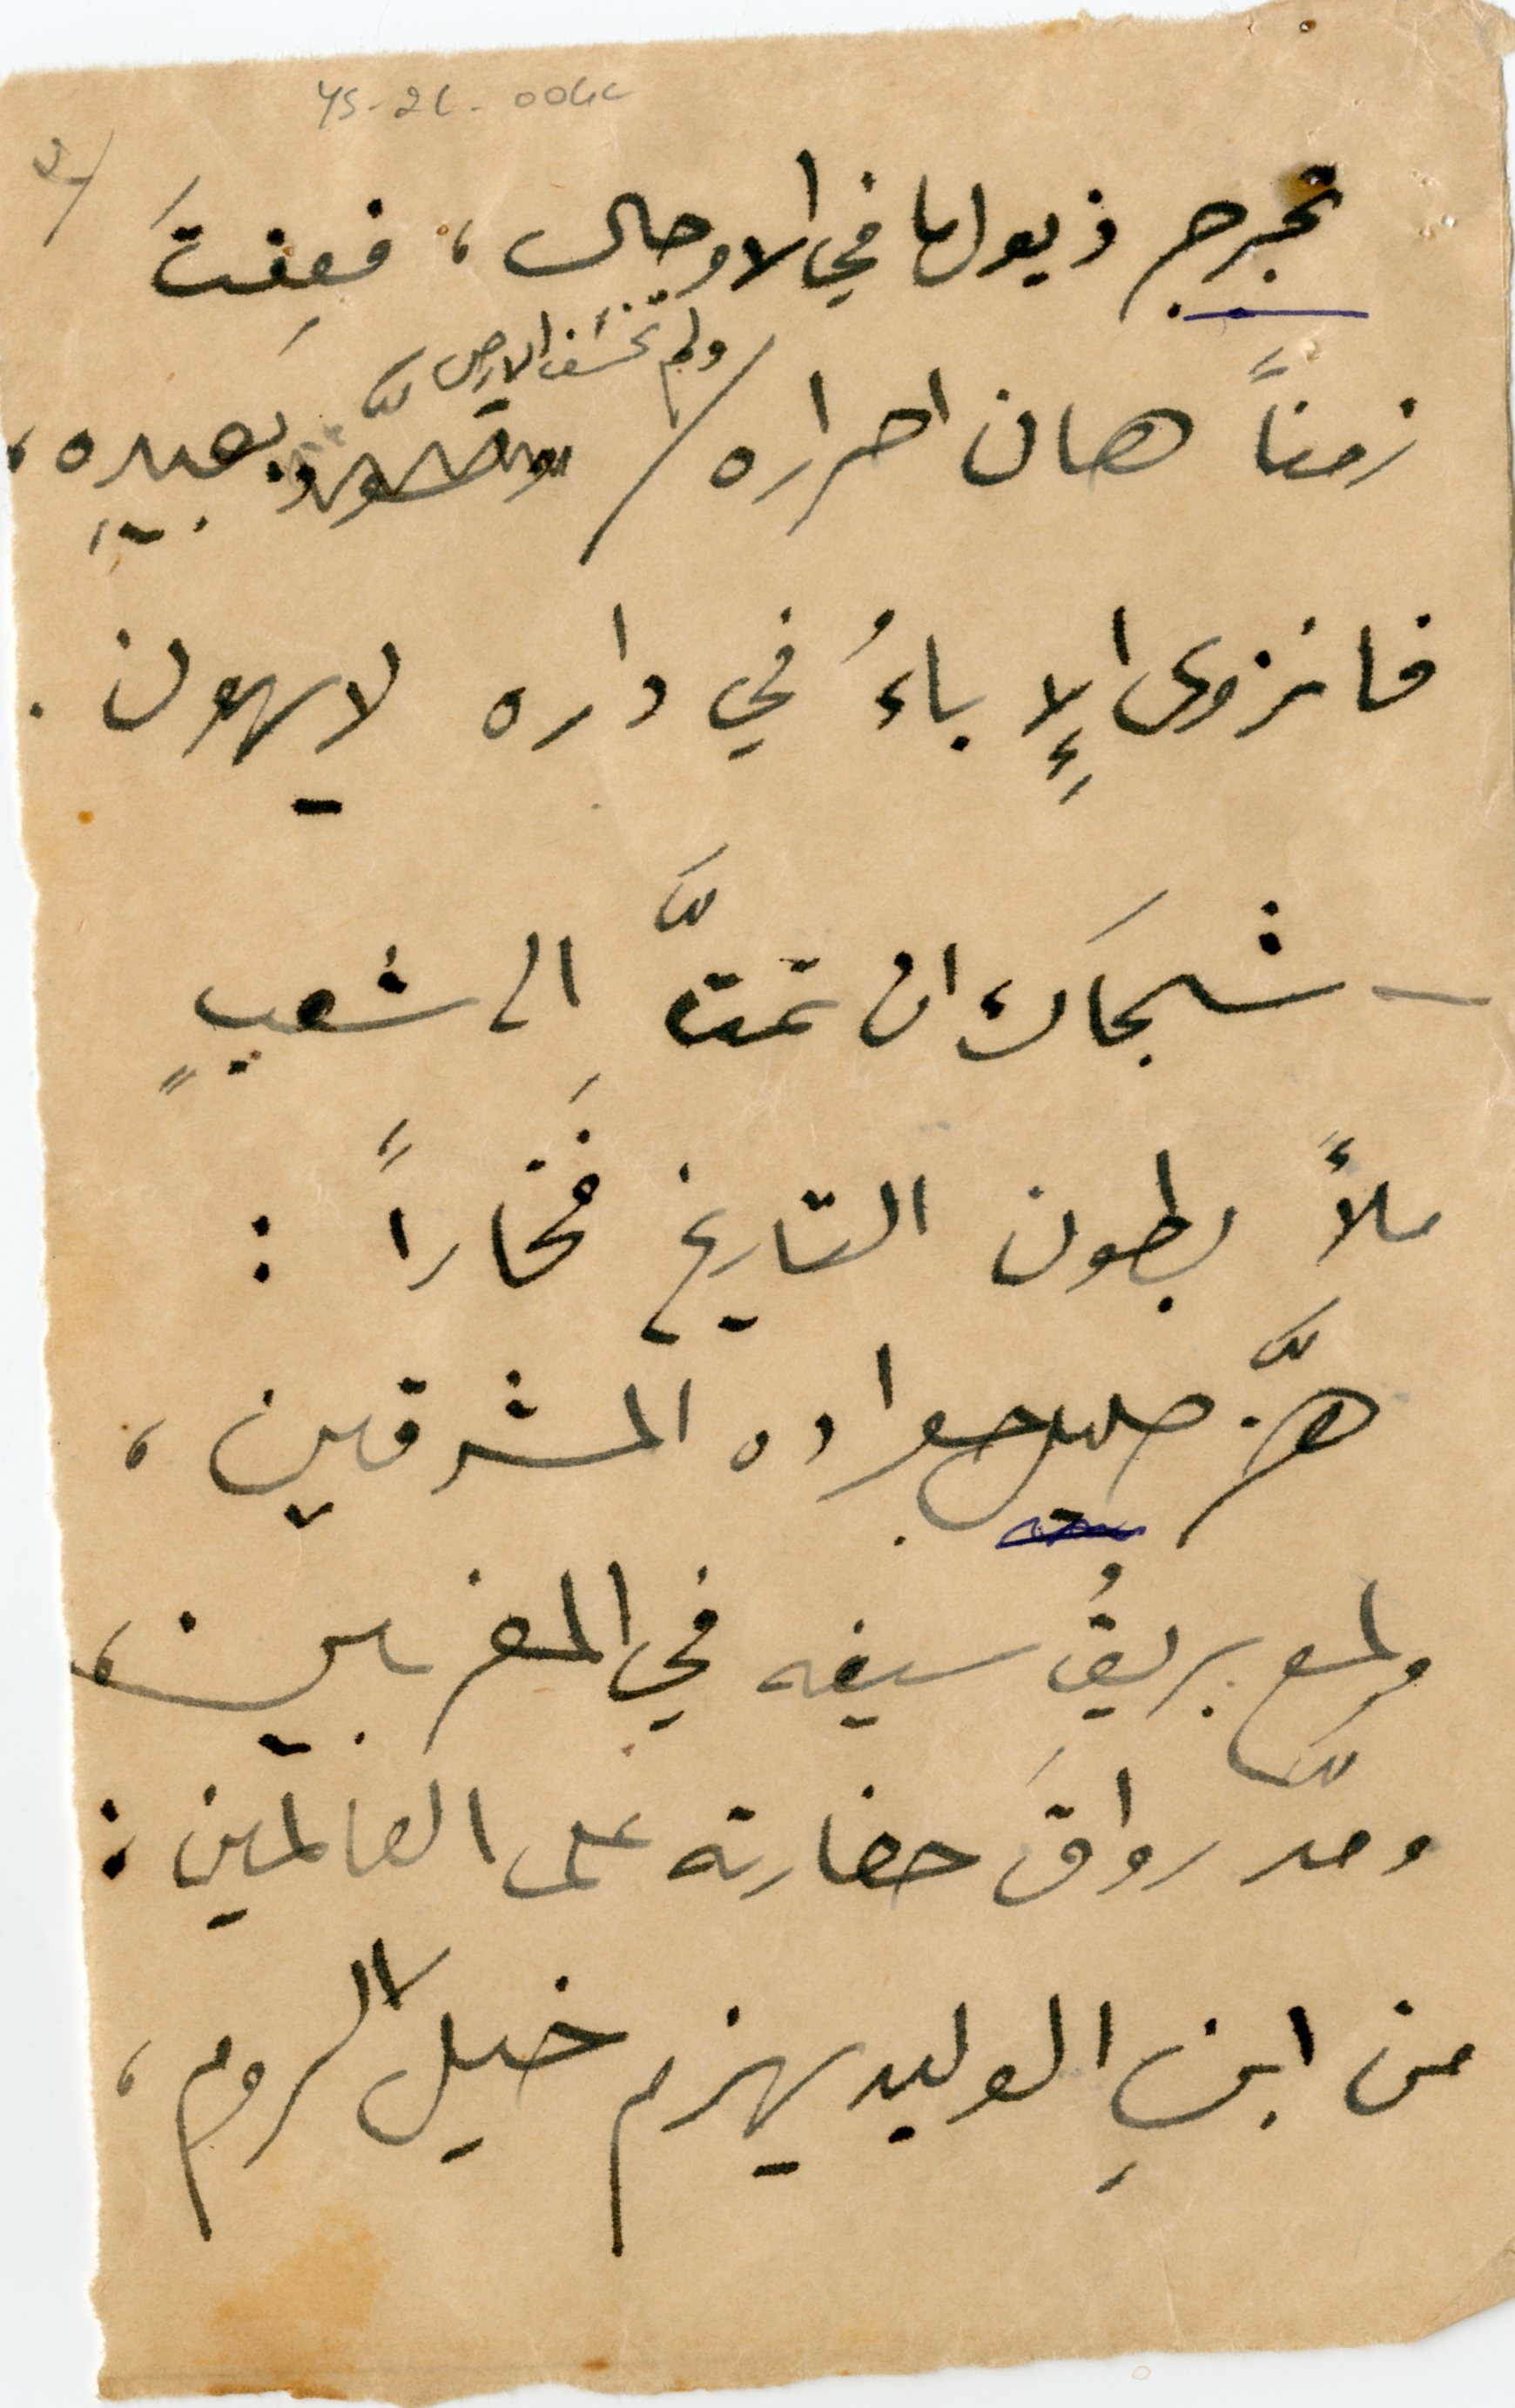
٣	YS_2C_004c
تجرجر ذيولها في الاوحال، فعِفتَ
زمناً هان احراره ولم تخسَف الارص بعبيدِه،
فانزوى الإِباءُ في داره لا يهون.
شجَاك ان تمتَّ الى شعبٍ
ملأ بطون التاريخ فَخاراً :
هزَّ صليل جواده المشرقين،
ولمع بريقُ سيفه في المغربين،
ومدّ رواقَ حضارته على العالمين :
من ابنِ الوليد يهزم خيلَ الروم،